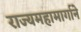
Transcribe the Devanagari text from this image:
राज्यमहामार्गाने